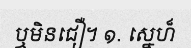
ឬមិនជឿ។ ១. ស្នេហ៏